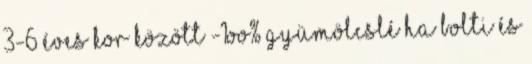
3-6 éves kor között -1OO% gyümölcslé ha bolti és